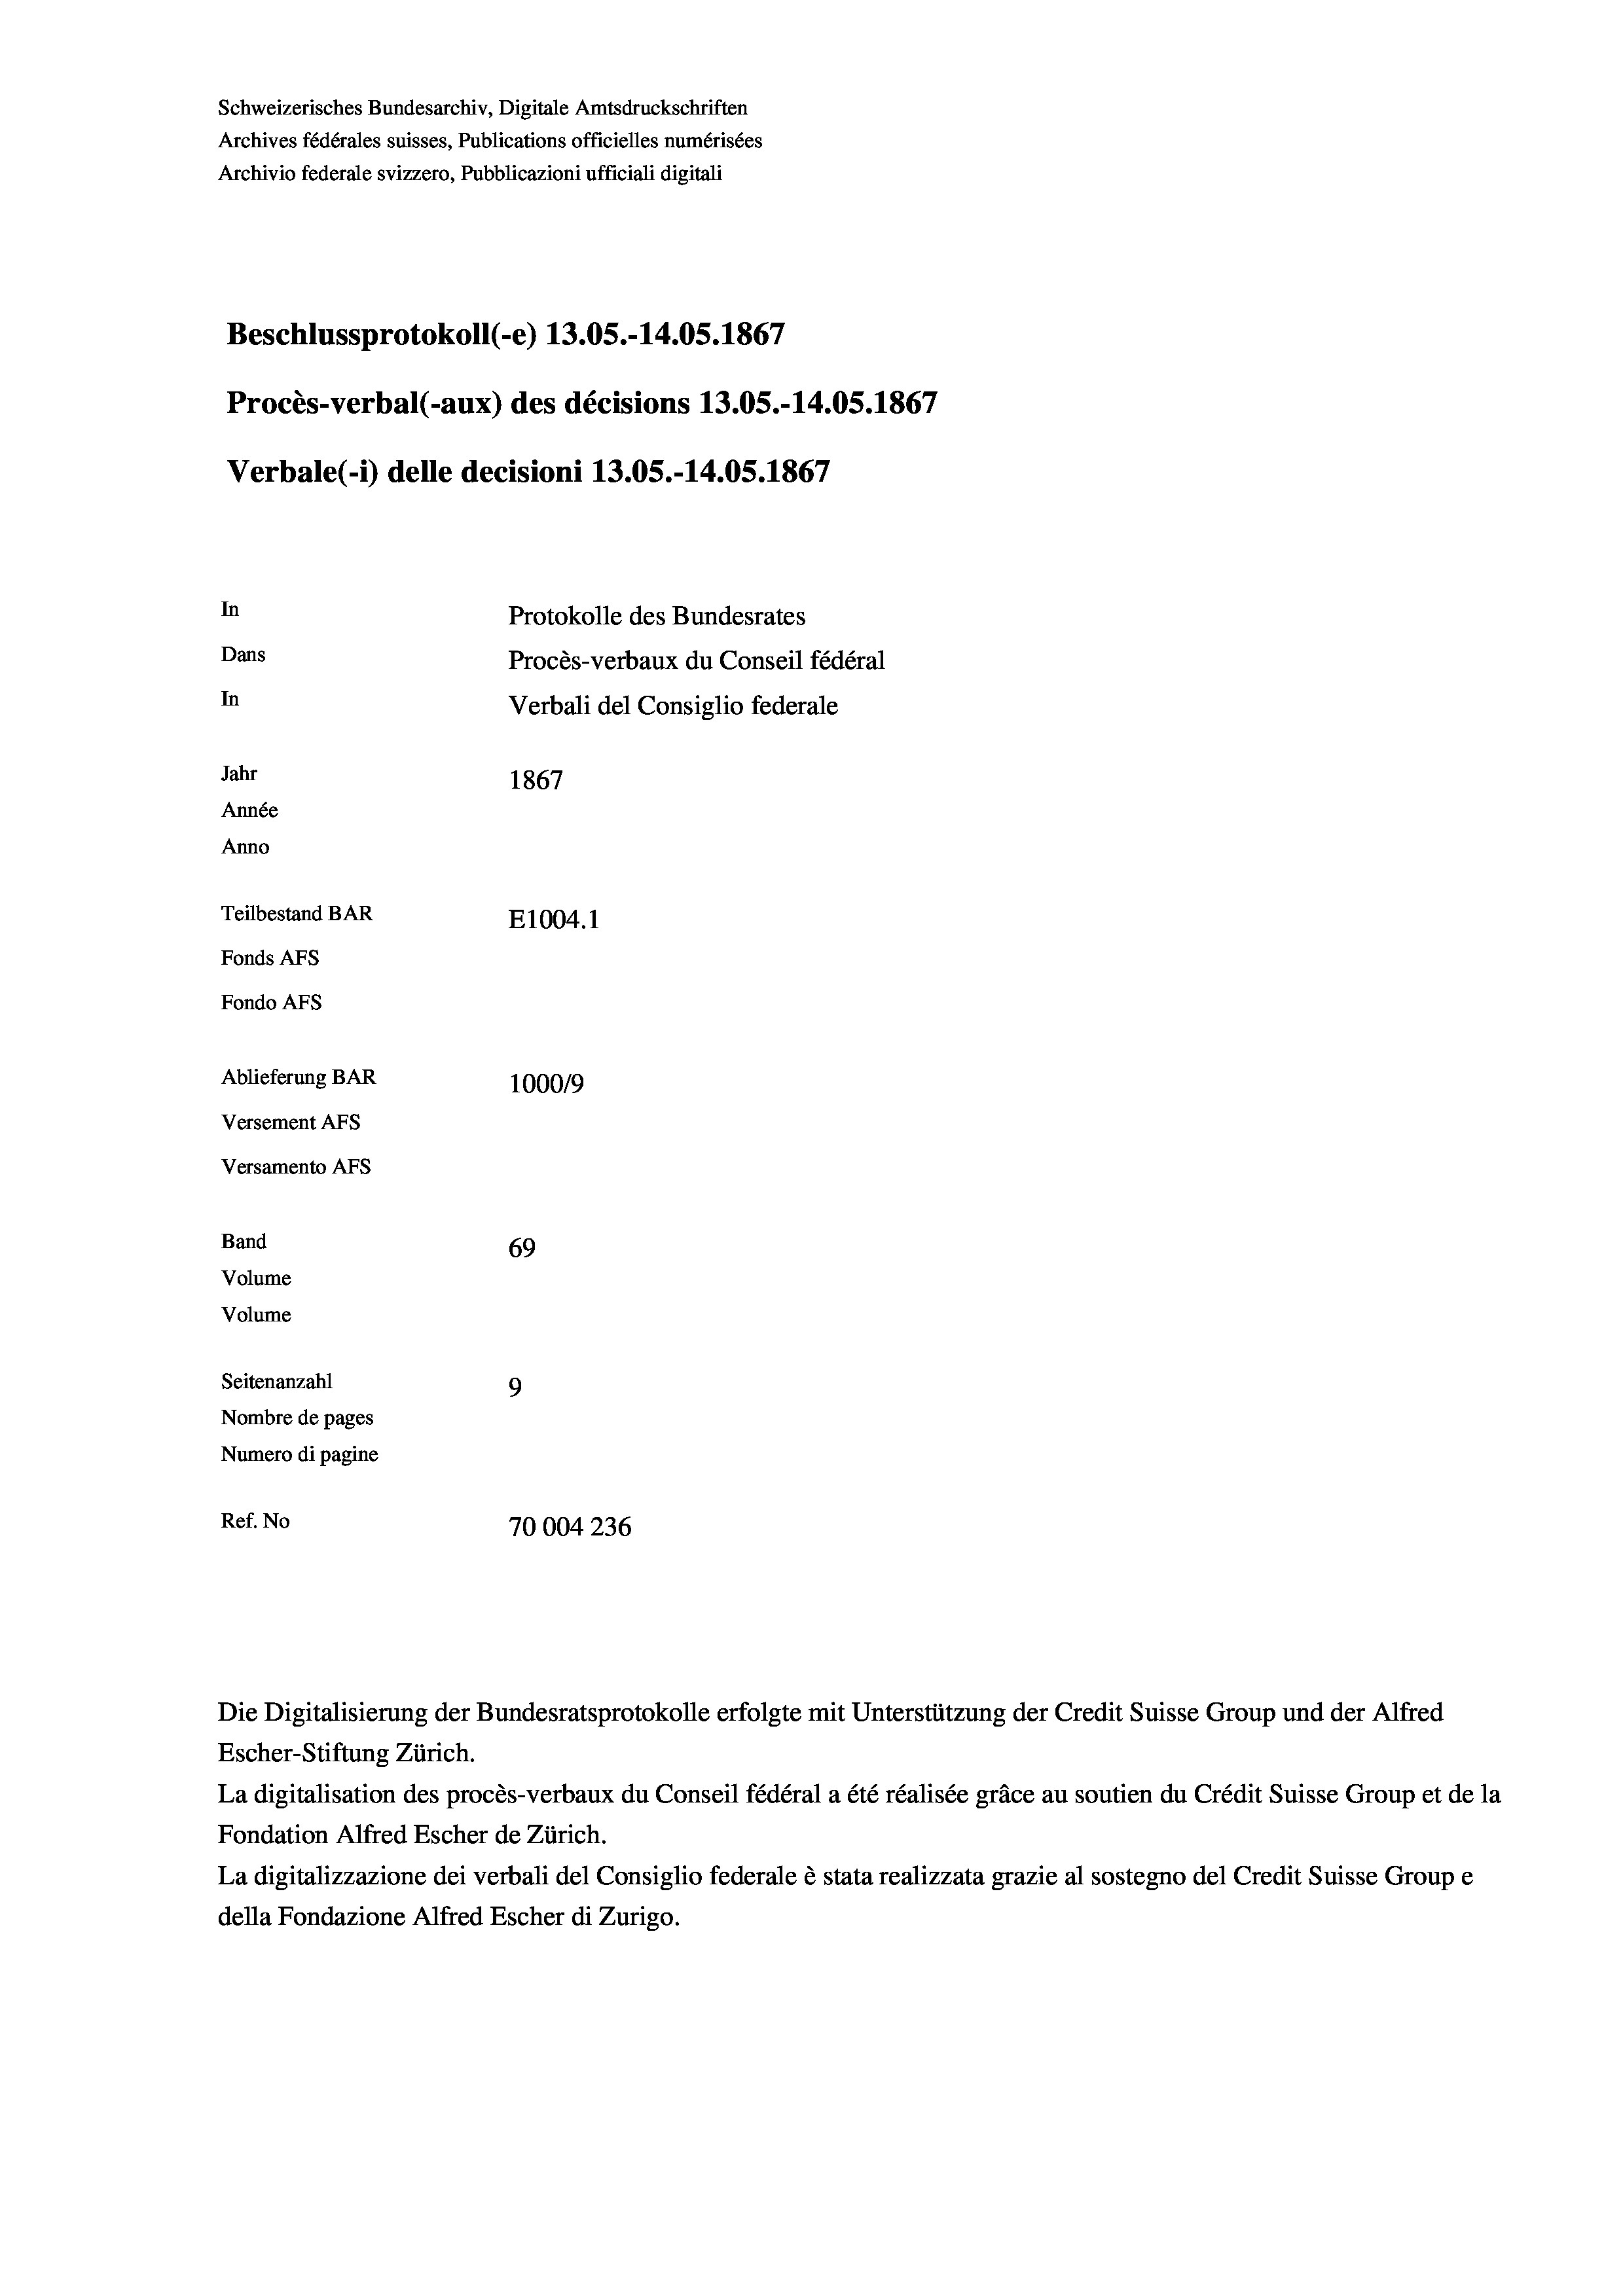
Beschlussprotokoll (-e) 13.05.-14.05. 1867
Procès-verbal (-aux) des décisions 13.05.-14.05. 1867
In
Protokolle des Bundesrates
Dans
Procès-verbaux du Conseil fédéral
In
Verbali del Consiglio federale
Jahr
1867
Année
Anno
Teilbestand BAR
E1004.1
Fonds AFs
Fondo AFS
Ablieferung BAR
100019
Versement As
Versamento AFs

Band
Volume

69
Volume
Seitenanzahl
9
Nombre de pages
Numero di pagine
Ref. No
70004 236

Schweizerisches Bundesarchiv, Digitale Amtsdruckschriften
Archives fédérales suisses, Publications officielles numérisées
Archivio federale svizzero, Pubblicazioni ufficiali digitali

Verbale(-*) delle decisioni 13.05.-14.05. 1867

Die Digitalisierung der Bundesratsprotokolle erfolgte mit Unterstützung der Credit Suisse Group und der Alfred
Escher-Stiftung Zürich.
La digitalisation des procès-verbaux du Conseil fédéral a été réalisée gräce au soutien du Crédit Suisse Group et de la
Fondation Alfred Escher de Zürich.
La digitalizzazione dei verbali del Consiglio federale è stata realizzata grazie al sostegno del Credit Suisse Groupe
della Fondazione Alfred Escher di Zurigo.